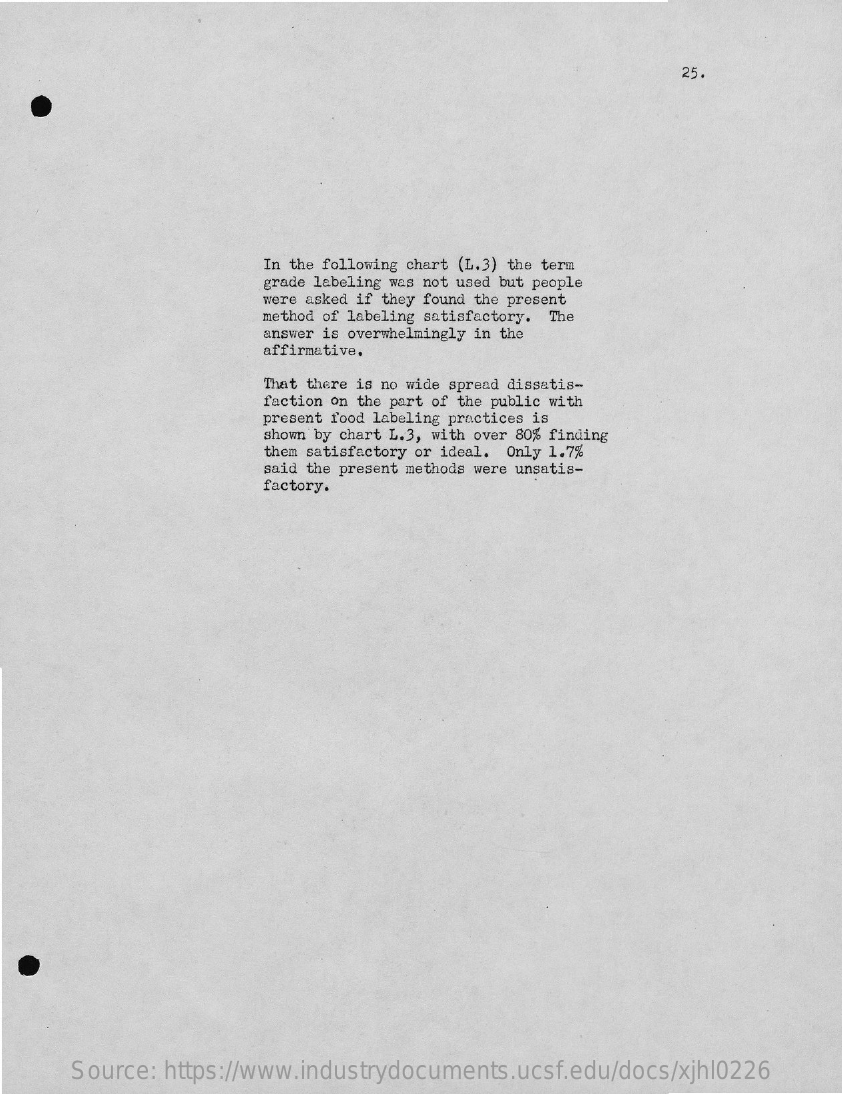
25.
     In the following chart (L.3) the term
     grade labeling was not used but people
     were asked if they found the present
     method of labeling satisfactory. The
     answer is overwhelmingly in the
     affirmative.
     That there is no wide spread dissatis-
     faction on the part of the public with
     present food labeling practices is
     shown by chart L.3, with over 80% finding
     them satisfactory or ideal. Only 1.7%
     said the present methods were unsatis-
     factory.
     Source: https://www.industrydocuments.ucsf.edu/docs/xjhl0226